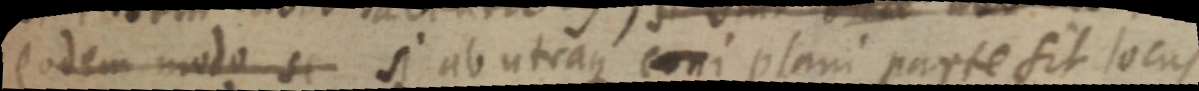
eodem modo si si ab utraque coni plani parte sit locus